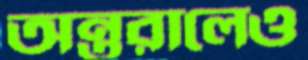
অন্তরালেও